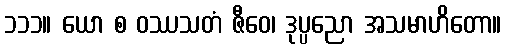
၁၁၁။ ယော စ ဝဿသတံ ဇီဝေ၊ ဒုပ္ပညော အသမာဟိတော။